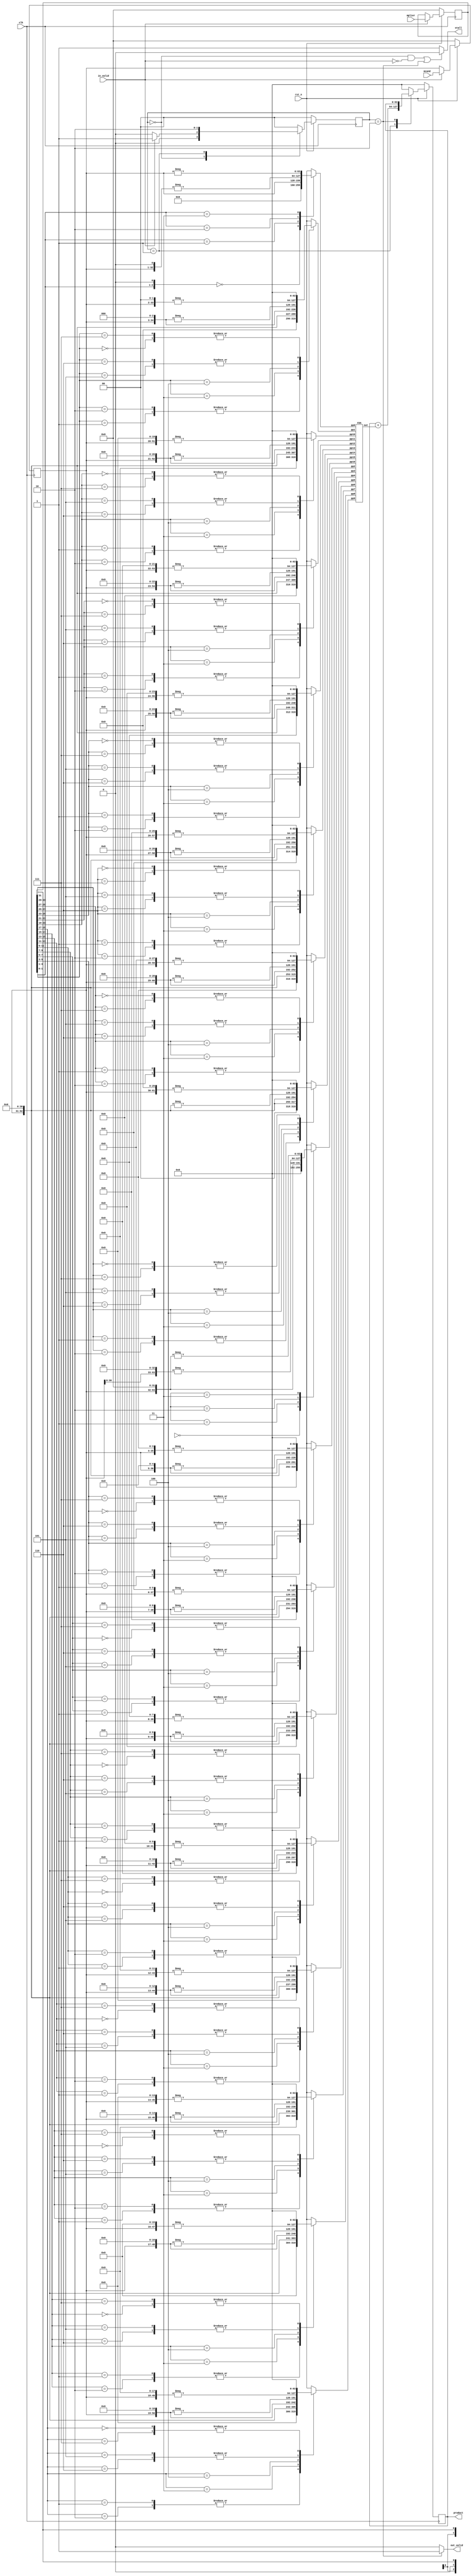
module BoothMultiplier(
    clk,
    rst_n,
    in_valid,
    mplier,
    mcand,
    product,
    out_valid, // tell the processor to fetch output
    stall // tell the processor to stall cycles
);
//==== io Declaration =========================
    input             clk, rst_n, in_valid;
    input      [31:0] mplier, mcand;
    output     [63:0] product;
    output reg        out_valid, stall;

//==== Reg/Wire Declaration ===================
    reg  [31:0] mplier_r, mcand_r;
    wire [31:0] mplier_w, mcand_w;
    reg   [1:0] state, state_next;
    reg  [63:0] product_r, product_w;
    wire [63:0] partial_product;
    wire [33:0] extend_mplier;
    wire  [2:0] gp [0:16]; // groups of booth encoding
    reg  [63:0] pp [0:16];
    reg   [4:0] sh [0:16];
    
    integer i;
//==== FSM ====================================
    parameter S_IDLE = 2'd0;
    parameter S_OP   = 2'd1;
    parameter S_END  = 2'd2;

    always @(*) begin
        case (state)
            S_IDLE:  state_next = (in_valid)? S_OP : S_IDLE;
            S_OP:    state_next = S_END;
            S_END:   state_next = S_IDLE;
            default: state_next = S_IDLE;
        endcase
    end

//==== Combinational ==========================
    // process input
    assign extend_mplier = { 1'b0, mplier_r, 1'b0 };
    // output
    assign product = product_r;
    // get groups
    assign gp[0]  = extend_mplier[2:0]; 
    assign gp[1]  = extend_mplier[4:2]; 
    assign gp[2]  = extend_mplier[6:4]; 
    assign gp[3]  = extend_mplier[8:6]; 
    assign gp[4]  = extend_mplier[10:8]; 
    assign gp[5]  = extend_mplier[12:10]; 
    assign gp[6]  = extend_mplier[14:12]; 
    assign gp[7]  = extend_mplier[16:14]; 
    assign gp[8]  = extend_mplier[18:16]; 
    assign gp[9]  = extend_mplier[20:18]; 
    assign gp[10] = extend_mplier[22:20]; 
    assign gp[11] = extend_mplier[24:22]; 
    assign gp[12] = extend_mplier[26:24]; 
    assign gp[13] = extend_mplier[28:26]; 
    assign gp[14] = extend_mplier[30:28]; 
    assign gp[15] = extend_mplier[32:30]; 
    assign gp[16] = extend_mplier[34:32];
    // caculate pp
    always @(*) begin
        for (i=0;i<17;i=i+1) begin
            case (gp[i])
                3'b000:  pp[i] = 0;
                3'b001:  pp[i] = mcand_r   << i*2;
                3'b010:  pp[i] = mcand_r   << i*2;
                3'b011:  pp[i] = mcand_r   << (i*2 + 1);
                3'b100:  pp[i] = -(mcand_r << (i*2 + 1));
                3'b101:  pp[i] = -(mcand_r << i*2);
                3'b110:  pp[i] = -(mcand_r << i*2);
                3'b111:  pp[i] = 0;
                default: pp[i] = 0;
            endcase
        end
    end
    // calculate sum
    // Wallace tree design
    CSA csa(
        pp[0], pp[1], pp[2], pp[3], pp[4], pp[5], pp[6],
        pp[7], pp[8], pp[9], pp[10], pp[11], pp[12],
        pp[13], pp[14], pp[15], pp[16],
        partial_product
    );
    // conventional design
    // assign partial_product = ((((pp[0]) + (pp[1])) + ((pp[2]) + (pp[3]))) + 
    //                          (((pp[4]) + (pp[5])) + ((pp[6]) + (pp[7])))) + 
    //                          ((((pp[8]) + (pp[9])) + ((pp[10]) + (pp[11]))) + 
    //                          (((pp[12]) + (pp[13])) + ((pp[14]) + (pp[15])))) + pp[16];

    // mplier, mcand
    assign mplier_w = (in_valid)? mplier : mplier_r;
    assign mcand_w  = (in_valid)? mcand :  mcand_r;
    
    // product
    always @(*) begin
        case (state)
            S_IDLE:  product_w = 64'd0;
            S_OP:    product_w = product_r + partial_product;
            S_END:   product_w = product_r;
            default: product_w = 64'd0;
        endcase
    end
    
    // out_valid && stall
    always @(*) begin
        out_valid = (state == S_END)? 1 : 0;
        stall = ((state == S_IDLE && !in_valid) | state == S_END)? 0 : 1;
    end

//==== Sequential =============================
    always @(posedge clk) begin
        if (!rst_n) begin
            state     <= S_IDLE;
            // op_cnt_r  <= 0;
            product_r <= 0;
            mplier_r  <= 0;
            mcand_r   <= 0;
        end
        else begin
            state     <= state_next;
            // op_cnt_r  <= op_cnt_w;
            product_r <= product_w;
            mplier_r  <= mplier_w;
            mcand_r   <= mcand_w;
        end
    end
endmodule

module CSA(
    pp0, pp1, pp2, pp3, pp4, pp5, pp6,
    pp7, pp8, pp9, pp10, pp11, pp12,
    pp13, pp14, pp15, pp16,
    out
);
    input  [63:0] pp0, pp1, pp2, pp3, pp4, pp5, pp6,
                  pp7, pp8, pp9, pp10, pp11, pp12,
                  pp13, pp14, pp15, pp16;
    output [63:0] out;

    wire [63:0] co [0:14];
    reg  [63:0] sh [0:14];
    wire [63:0] s  [0:14];

    integer i;

    always @(*) begin
        for (i=0;i<15;i=i+1)
            sh[i] = co[i] << 1;
    end
                
    FA64 A0 (co[0],  s[0],  pp0,   pp1,   pp2);
    FA64 A1 (co[1],  s[1],  pp3,   pp4,   pp5);
    FA64 A2 (co[2],  s[2],  pp6,   pp7,   pp8);
    FA64 A3 (co[3],  s[3],  pp9,   pp10,  pp11);
    FA64 A4 (co[4],  s[4],  pp12,  pp13,  pp14);
    FA64 A5 (co[5],  s[5],  sh[0], s[0],  sh[1]);
    FA64 A6 (co[6],  s[6],  s[1],  sh[2], s[2]);
    FA64 A7 (co[7],  s[7],  sh[3], s[3],  sh[4]);
    FA64 A8 (co[8],  s[8],  s[4],  pp15,  pp16);
    FA64 A9 (co[9],  s[9],  sh[5], s[5],  sh[6]);
    FA64 A10(co[10], s[10], s[6], sh[7], s[7]);
    FA64 A11(co[11], s[11], sh[9], s[9], sh[10]);
    FA64 A12(co[12], s[12], s[10], sh[8], s[8]);
    FA64 A13(co[13], s[13], sh[11], s[11], sh[12]);
    FA64 A14(co[14], s[14], sh[13], s[13], s[12]);

    assign out = sh[14] + s[14];

endmodule

module FA64(co, s, a, b, ci);

    input  [63:0] a, b, ci;
	output [63:0] co, s;

    FA fa0 (co[0],  s[0],  a[0],  b[0],  ci[0]);
    FA fa1 (co[1],  s[1],  a[1],  b[1],  ci[1]);
    FA fa2 (co[2],  s[2],  a[2],  b[2],  ci[2]);
    FA fa3 (co[3],  s[3],  a[3],  b[3],  ci[3]);
    FA fa4 (co[4],  s[4],  a[4],  b[4],  ci[4]);
    FA fa5 (co[5],  s[5],  a[5],  b[5],  ci[5]);
    FA fa6 (co[6],  s[6],  a[6],  b[6],  ci[6]);
    FA fa7 (co[7],  s[7],  a[7],  b[7],  ci[7]);
    FA fa8 (co[8],  s[8],  a[8],  b[8],  ci[8]);
    FA fa9 (co[9],  s[9],  a[9],  b[9],  ci[9]);
    FA fa10(co[10], s[10], a[10], b[10], ci[10]);
    FA fa11(co[11], s[11], a[11], b[11], ci[11]);
    FA fa12(co[12], s[12], a[12], b[12], ci[12]);
    FA fa13(co[13], s[13], a[13], b[13], ci[13]);
    FA fa14(co[14], s[14], a[14], b[14], ci[14]);
    FA fa15(co[15], s[15], a[15], b[15], ci[15]);
    FA fa16(co[16], s[16], a[16], b[16], ci[16]);
    FA fa17(co[17], s[17], a[17], b[17], ci[17]);
    FA fa18(co[18], s[18], a[18], b[18], ci[18]);
    FA fa19(co[19], s[19], a[19], b[19], ci[19]);
    FA fa20(co[20], s[20], a[20], b[20], ci[20]);
    FA fa21(co[21], s[21], a[21], b[21], ci[21]);
    FA fa22(co[22], s[22], a[22], b[22], ci[22]);
    FA fa23(co[23], s[23], a[23], b[23], ci[23]);
    FA fa24(co[24], s[24], a[24], b[24], ci[24]);
    FA fa25(co[25], s[25], a[25], b[25], ci[25]);
    FA fa26(co[26], s[26], a[26], b[26], ci[26]);
    FA fa27(co[27], s[27], a[27], b[27], ci[27]);
    FA fa28(co[28], s[28], a[28], b[28], ci[28]);
    FA fa29(co[29], s[29], a[29], b[29], ci[29]);
    FA fa30(co[30], s[30], a[30], b[30], ci[30]);
    FA fa31(co[31], s[31], a[31], b[31], ci[31]);
    FA fa32(co[32], s[32], a[32], b[32], ci[32]);
    FA fa33(co[33], s[33], a[33], b[33], ci[33]);
    FA fa34(co[34], s[34], a[34], b[34], ci[34]);
    FA fa35(co[35], s[35], a[35], b[35], ci[35]);
    FA fa36(co[36], s[36], a[36], b[36], ci[36]);
    FA fa37(co[37], s[37], a[37], b[37], ci[37]);
    FA fa38(co[38], s[38], a[38], b[38], ci[38]);
    FA fa39(co[39], s[39], a[39], b[39], ci[39]);
    FA fa40(co[40], s[40], a[40], b[40], ci[40]);
    FA fa41(co[41], s[41], a[41], b[41], ci[41]);
    FA fa42(co[42], s[42], a[42], b[42], ci[42]);
    FA fa43(co[43], s[43], a[43], b[43], ci[43]);
    FA fa44(co[44], s[44], a[44], b[44], ci[44]);
    FA fa45(co[45], s[45], a[45], b[45], ci[45]);
    FA fa46(co[46], s[46], a[46], b[46], ci[46]);
    FA fa47(co[47], s[47], a[47], b[47], ci[47]);
    FA fa48(co[48], s[48], a[48], b[48], ci[48]);
    FA fa49(co[49], s[49], a[49], b[49], ci[49]);
    FA fa50(co[50], s[50], a[50], b[50], ci[50]);
    FA fa51(co[51], s[51], a[51], b[51], ci[51]);
    FA fa52(co[52], s[52], a[52], b[52], ci[52]);
    FA fa53(co[53], s[53], a[53], b[53], ci[53]);
    FA fa54(co[54], s[54], a[54], b[54], ci[54]);
    FA fa55(co[55], s[55], a[55], b[55], ci[55]);
    FA fa56(co[56], s[56], a[56], b[56], ci[56]);
    FA fa57(co[57], s[57], a[57], b[57], ci[57]);
    FA fa58(co[58], s[58], a[58], b[58], ci[58]);
    FA fa59(co[59], s[59], a[59], b[59], ci[59]);
    FA fa60(co[60], s[60], a[60], b[60], ci[60]);
    FA fa61(co[61], s[61], a[61], b[61], ci[61]);
    FA fa62(co[62], s[62], a[62], b[62], ci[62]);
    FA fa63(co[63], s[63], a[63], b[63], ci[63]);

endmodule

module FA(co, s, a, b, ci);
	
    input	a, b, ci;
	output	co, s;
	wire 	ab, bc, ca;

	// co = a*b + b*ci + ci*a
	and g0(ab, a, b);
	and g1(bc, b, ci);
	and g2(ca, ci, a);
	or 	g3(co, ab, bc, ca);
	xor g4(s, a, b, ci);

endmodule